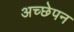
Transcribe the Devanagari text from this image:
अच्छेपन